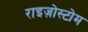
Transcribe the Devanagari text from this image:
राइज़ोस्टोम